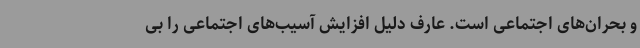
و بحران‌های اجتماعی است. عارف دلیل افزایش آسیب‌های اجتماعی را بی